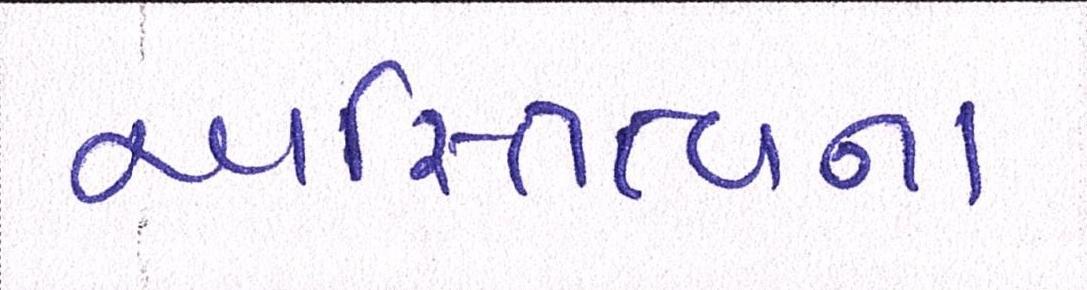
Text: અસ્તિત્વના